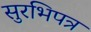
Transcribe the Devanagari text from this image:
सुरभिपत्र